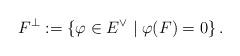
LaTeX: \begin{align*}F^{\perp}:=\left\lbrace \varphi \in E^{\vee} \mid \varphi(F)=0\right\rbrace.\end{align*}